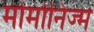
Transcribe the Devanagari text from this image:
मोर्मोनिज्म